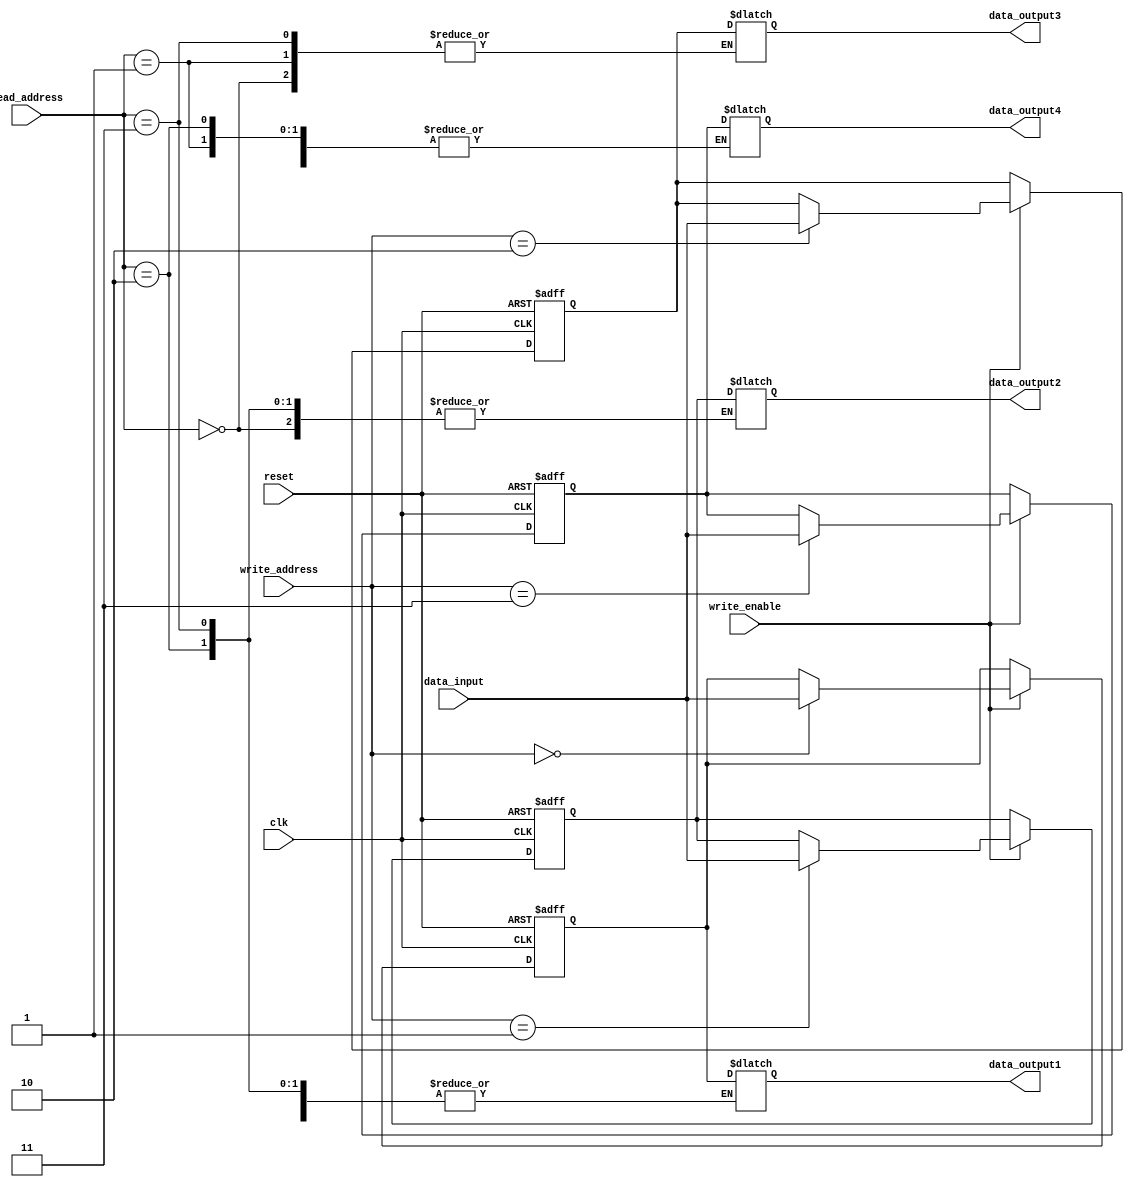
module register_file (
    input wire clk,
    input wire reset,
    input wire [1:0] read_address,
    input wire [1:0] write_address,
    input wire write_enable,
    input wire [7:0] data_input,
    output reg [7:0] data_output1,
    output reg [7:0] data_output2,
    output reg [7:0] data_output3,
    output reg [7:0] data_output4
);

reg [7:0] register1;
reg [7:0] register2;
reg [7:0] register3;
reg [7:0] register4;

always @(posedge clk or posedge reset) begin
    if (reset) begin
        register1 <= 8'b0;
        register2 <= 8'b0;
        register3 <= 8'b0;
        register4 <= 8'b0;
    end else begin
        if (write_enable) begin
            case(write_address)
                2'b00: register1 <= data_input;
                2'b01: register2 <= data_input;
                2'b10: register3 <= data_input;
                2'b11: register4 <= data_input;
            endcase
        end
    end
end

always @* begin
    case(read_address)
        2'b00: data_output1 = register1;
        2'b01: data_output2 = register2;
        2'b10: data_output3 = register3;
        2'b11: data_output4 = register4;
    endcase
end

endmodule